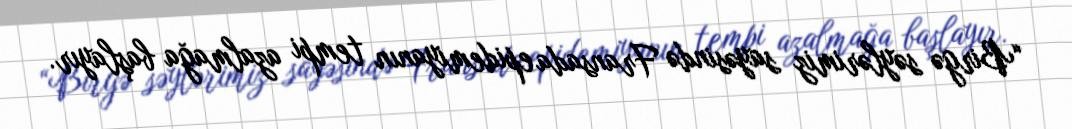
“Birgə səylərimiz sayəsində Fransada epidemiyanın tempi azalmağa başlayır.